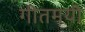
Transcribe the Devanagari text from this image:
गीतमयी